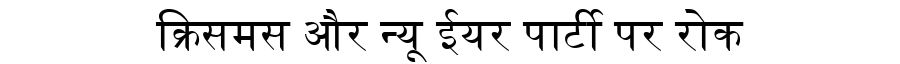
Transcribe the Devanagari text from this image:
क्रिसमस और न्यू ईयर पार्टी पर रोक